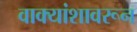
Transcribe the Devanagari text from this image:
वाक्यांशावरून